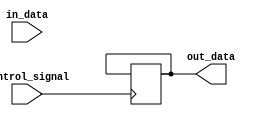
module IO_Buffer(
    input wire control_signal,
    input wire in_data,
    output reg out_data
);

always @ (posedge control_signal)
begin
    if(control_signal == 1'b0)
        out_data <= in_data;
end

endmodule